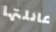
عائلتها